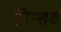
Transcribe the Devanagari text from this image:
पिन्शर्स